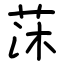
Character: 莯